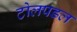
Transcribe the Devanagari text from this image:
टोलपडल